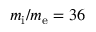
m _ { \mathrm { i } } / m _ { \mathrm { e } } = 3 6